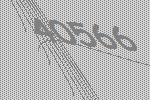
40566